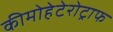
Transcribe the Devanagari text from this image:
कीमोहेटेरोट्राफ